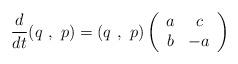
LaTeX: \begin{align*}\frac{d}{dt}(q\,\, ,\,\, p)=(q\,\, ,\,\, p)\left(\begin{array}{cc}a & c \\ b & -a \\ \end{array}\right)\end{align*}